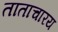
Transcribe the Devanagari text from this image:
ताताचारय